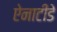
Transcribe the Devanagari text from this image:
ऐनाटीडे